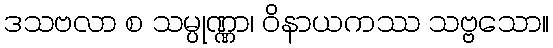
ဒသဗလာ စ သမ္ပုဏ္ဏာ၊ ဝိနာယကဿ သဗ္ဗသော။